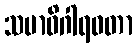
သမာဓိဂါရဝတာ